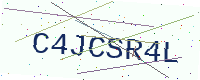
Text: C4JCSR4L